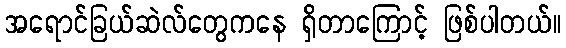
အရောင်ခြယ်ဆဲလ်တွေကနေ ရှိတာကြောင့် ဖြစ်ပါတယ်။